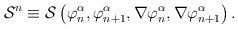
LaTeX: \begin{align*}{\cal S}^n\equiv {\cal S}\left( \varphi _n^\alpha ,\varphi _{n+1}^\alpha,\nabla \varphi _n^\alpha ,\nabla \varphi _{n+1}^\alpha \right) .\end{align*}